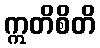
ဣတိစိတိ